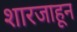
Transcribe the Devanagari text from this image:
शारजाहून